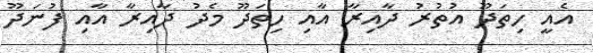
އެއީ ހިތަދޫ އުތުރު ދާއިރާ އާއި ހިތަދޫ މެދު ދާއިރާ އާއި ފުނަދޫ